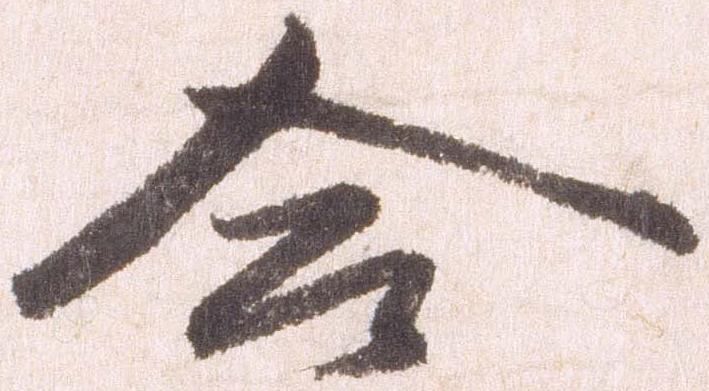
合